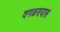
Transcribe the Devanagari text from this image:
वगळण्यास